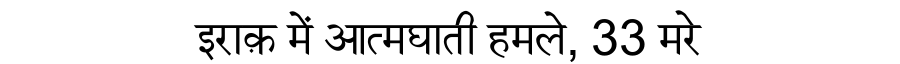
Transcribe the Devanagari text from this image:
इराक़ में आत्मघाती हमले, 33 मरे